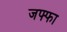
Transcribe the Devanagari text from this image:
जफ्फा